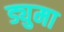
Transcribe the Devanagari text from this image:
ड्युमा